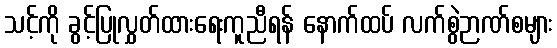
သင့်ကို ခွင့်ပြုလွှတ်ထားရေးကူညီရန် နောက်ထပ် လက်စွဲဉာဏ်စများ